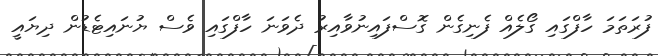
ފުރަތަމަ ހާފްގައި ގޯލެއް ފެނިގެން ގޮސްފައިނުވާއިރު ދެވަނަ ހާފްގައި ވެސް ޔުނައިޓެޑުން ދިޔައީ